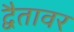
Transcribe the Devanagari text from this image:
द्वैतावर